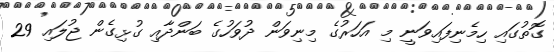
ގޮތުގައި ހިމެނިފައިވަނީ މި އަހަރުގެ މިނިވަން ދުވަހުގެ ބަންދާއި ގުޅިގެން ޖުލައި 29